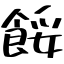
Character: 餒